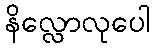
နိလ္လောလုပေါ